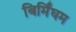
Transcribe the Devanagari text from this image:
बिर्मिंघम